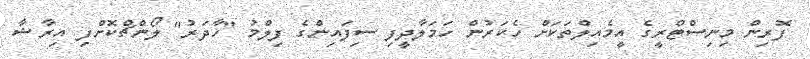
ފޮރިން މިނިސްޓްރީގެ އީމެއިލްތަކަށް ހެކަރުން ހަމަލާދީފި ސިފައިންގެ ފިލްމު "ހާދަރު" ލޯންޗްކޮށްފި އިރާޝާ